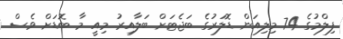
ފިލްމުގެ 74 މިލިއަން ޑޮލަރުގެ ބަޖެޓަށް ބަލާއިރު މިއީ މާ ބޮޑަށް ވެސް